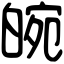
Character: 𤾂